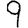
Digit: 9